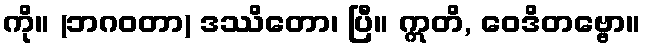
ကို။ (ဘဂဝတာ) ဒဿိတော၊ ပြီ။ ဣတိ, ဝေဒိတဗ္ဗော။